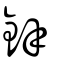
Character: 鋅